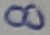
Text: 8